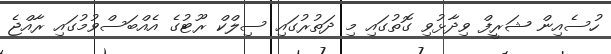
ހުސެއިން ޝަރީފް ވިދާޅުވި ގޮތުގައި މި ދަތުރުގައި ސިލްކް ރޫޓުގެ އެއްބަސްވުމުގައި ރާއްޖެ